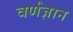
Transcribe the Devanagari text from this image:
वर्णज्ञान